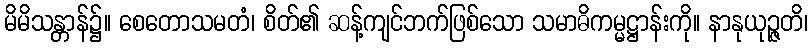
မိမိသန္တာန်၌။ စေတောသမတံ၊ စိတ်၏ ဆန့်ကျင်ဘက်ဖြစ်သော သမာဓိကမ္မဋ္ဌာန်းကို။ နာနုယုဉ္ဇတိ၊